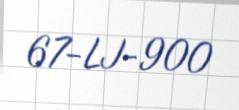
67-LJ-900